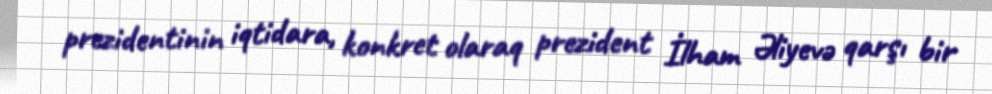
prezidentinin iqtidara, konkret olaraq prezident İlham Əliyevə qarşı bir